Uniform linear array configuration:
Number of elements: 16
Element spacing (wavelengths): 0.75
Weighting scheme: hann
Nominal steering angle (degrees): -45
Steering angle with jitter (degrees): -44.35
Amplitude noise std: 0.05
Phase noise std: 0.05

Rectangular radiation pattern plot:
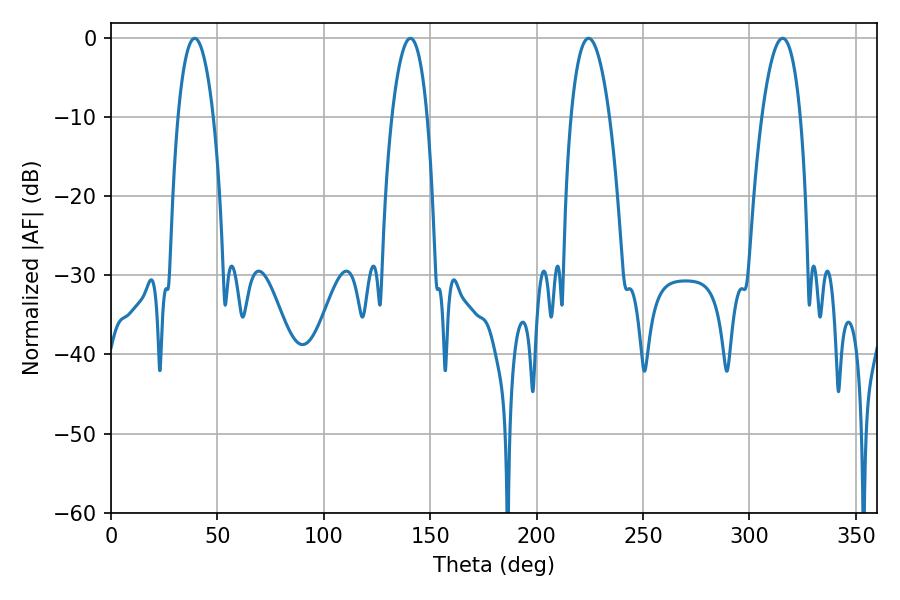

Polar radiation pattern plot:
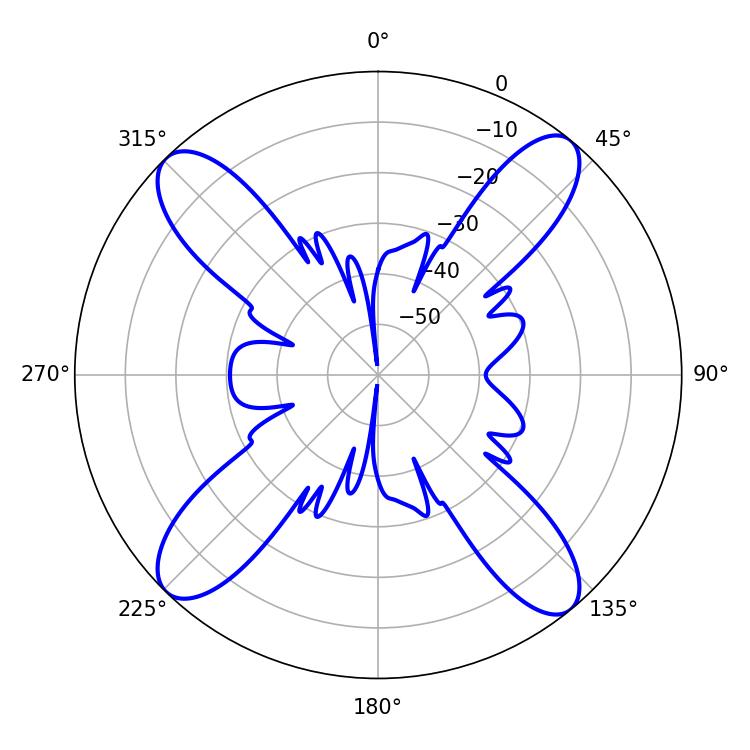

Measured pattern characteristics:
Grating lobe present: TRUE
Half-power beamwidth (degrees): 10.08
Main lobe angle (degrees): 224.46